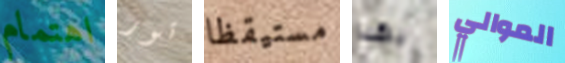
اهتمام تور مستيقظا بهذا الموالي